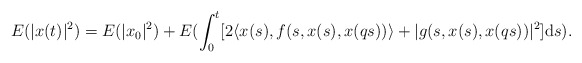
\begin{align*} E(|x(t)|^2)=E(|x_0|^2)+E(\int^t_0[2\langle x(s),f(s,x(s),x(qs))\rangle+|g(s,x(s),x(qs))|^2]{\rm d}s).\end{align*}